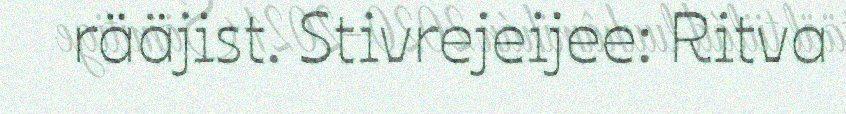
rääjist. Stivrejeijee: Ritva